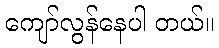
ကျော်လွန်နေပါ တယ်။